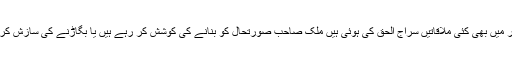
ان کے گھر میں بھی کئی ملاقاتیں سراج الحق کی ہوئی ہیں ملک صاحب صورتحال کو بنانے کی کوشش کر رہے ہیں یا بگاڑنے کی سازش کر رہے ہیں۔